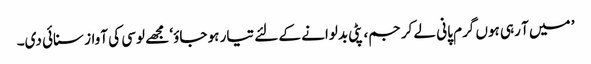
’ میں آ رہی ہوں گرم پانی لے کر جم، پٹی بدلوانے کے لئے تیار ہو جاؤ‘ مجھے لوسی کی آواز سنائی دی۔